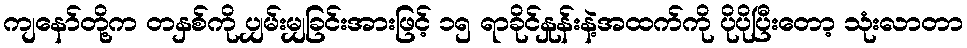
ကျနော်တို့က တနှစ်ကို ပျှမ်းမျှခြင်းအားဖြင့် ၁၅ ရာခိုင်နှုန်းနဲ့အထက်ကို ပိုပိုပြီးတော့ သုံးလာတာ